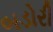
બડોરી